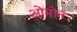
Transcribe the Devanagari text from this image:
ओमोन